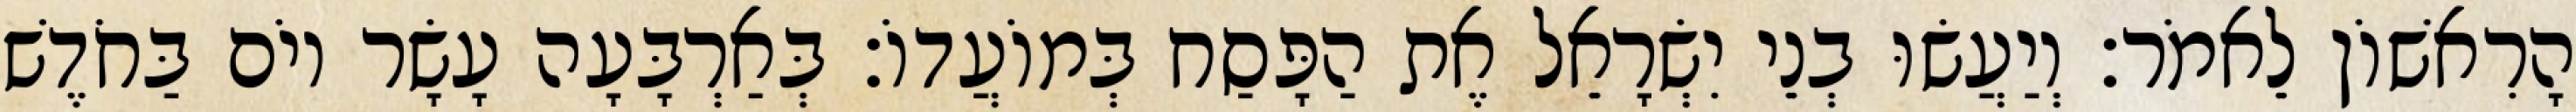
הָרִאשׁוֹן לֵאמֹר׃ וְיַעֲשׂוּ בְנֵי יִשְׂרָאֵל אֶת הַפָּסַח בְּמוֹעֲדוֹ׃ בְּאַרְבָּעָה עָשָׂר יוֹם בַּחֹדֶשׁ